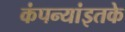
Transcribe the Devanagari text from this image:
कंपन्यांइतके